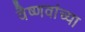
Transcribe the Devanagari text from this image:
वैष्णवांच्या